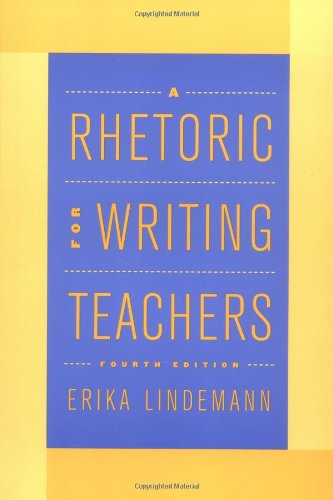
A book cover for A Rhetoric for Writing Teachers; Erika Lindemann; Literature & Fiction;